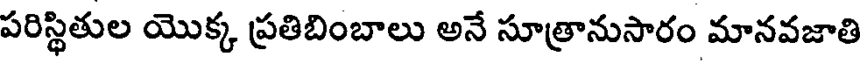
పరిస్థితుల యొక్క ప్రతిబింబాలు అనే సూత్రానుసారం మానవజాతి